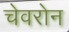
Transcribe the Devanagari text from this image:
चेवरोन